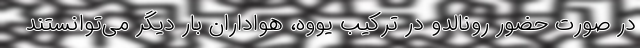
در صورت حضور رونالدو در ترکیب یووه، هواداران بار دیگر می‌توانستند